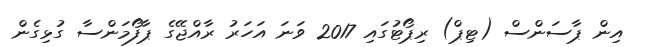
އިން ޕާސަންސް (ޓިޕް) ރިޕޯޓުގައި 2017 ވަނަ އަހަރު ރާއްޖޭގެ ޕާފޯމަންސާ ގުޅިގެން